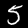
Digit: 5